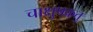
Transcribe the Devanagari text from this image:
चाक्षुषक्रतु